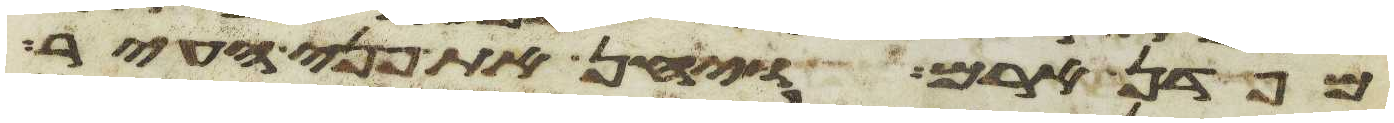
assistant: מפדן ארם ויחן את פני העיר